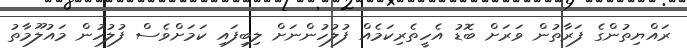
ރައްޔިތުންގެ ފަރާތުން ވަރަށް ބޮޑު އެހީތެރިކަމެއް ފުލުހުންނަށް ލިބިފައި ކަމަށްވެސް ފުލުހުން މައުލޫމާތު